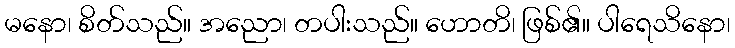
မနော၊ စိတ်သည်။ အညော၊ တပါးသည်။ ဟောတိ၊ ဖြစ်၏။ ပါရေသိနော၊